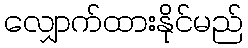
လျှောက်ထားနိုင်မည်